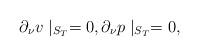
LaTeX: \begin{align*}\partial _{\nu }v\mid _{S_{T}}=0,\partial _{\nu }p\mid _{S_{T}}=0,\end{align*}